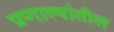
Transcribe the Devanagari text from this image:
प्रणाल्यांतील